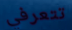
تتعرفي